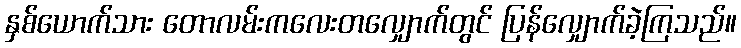
နှစ်ယောက်သား တောလမ်းကလေးတလျှောက်တွင် ပြန်လျှောက်ခဲ့ကြသည်။